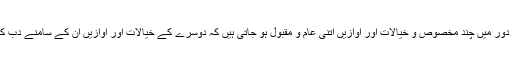
’’ ہر بڑے ادبی دور میں چند مخصوص و خیالات اور آوازیں اتنی عام و مقبول ہو جاتی ہیں کہ دوسرے کے خیالات اور آوازیں ان کے سامنے دب کر رہ جاتی ہیں ۔